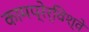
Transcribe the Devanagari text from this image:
कामप्रेर्विश्वे